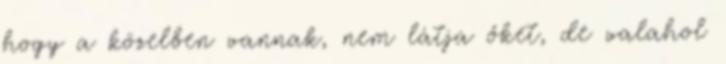
hogy a közelben vannak, nem látja őket, de valahol